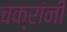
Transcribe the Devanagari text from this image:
चक्रांनी